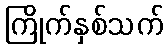
ကြိုက်နှစ်သက်